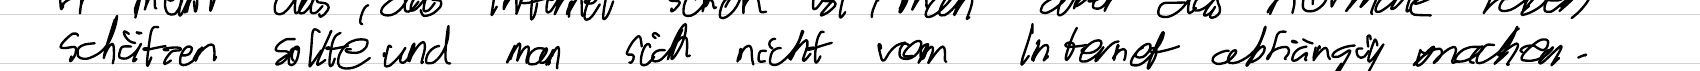
schützen sollte und man sich nicht vom Internet abhängig machen.